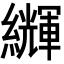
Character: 𦇊